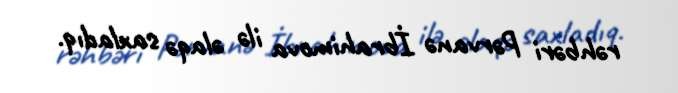
rəhbəri Pərvanə İbrahimova ilə əlaqə saxladıq.